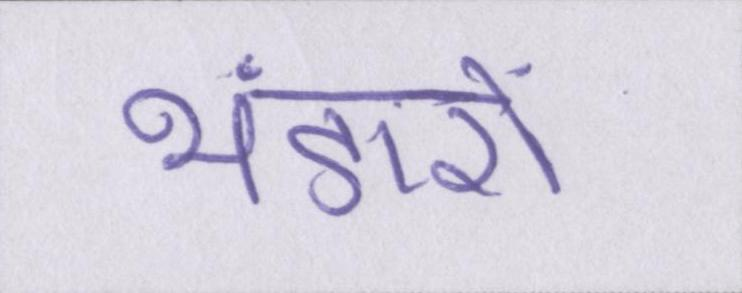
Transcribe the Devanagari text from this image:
भंडारों